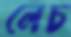
লেচ